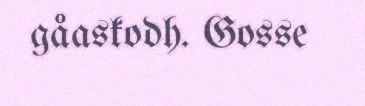
gåaskodh. Gosse